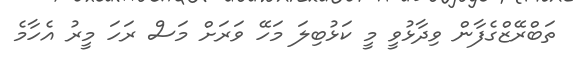
ތަބްރޭޒްގެފާން ވިދާޅުވީ މީ ކަޅުބިލަ މަހޭ ވަރަށް މަސް ރަހަ މީރު އެހާމެ